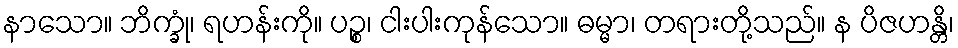
နာသော။ ဘိက္ခုံ၊ ရဟန်းကို။ ပဉ္စ၊ ငါးပါးကုန်သော။ ဓမ္မာ၊ တရားတို့သည်။ န ပိဇဟန္တိ၊